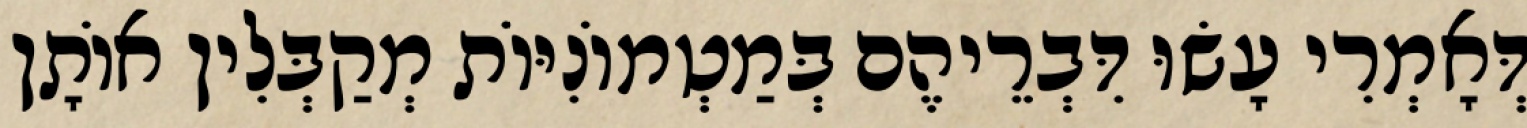
דְּאָמְרִי עָשׂוּ דִּבְרֵיהֶם בְּמַטְמוֹנִיּוֹת מְקַבְּלִין אוֹתָן